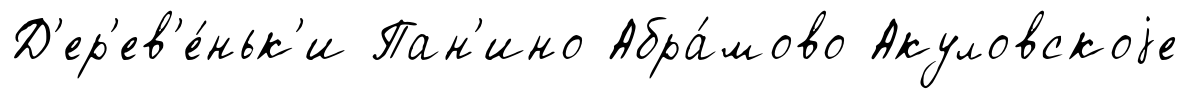
Д'ер'ев'е́ньк'и Пан'ино Абра́мово Акуловскоjе